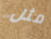
مثل